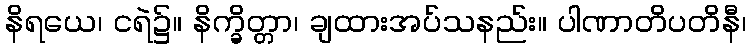
နိရယေ၊ ငရဲ၌။ နိက္ခိတ္တာ၊ ချထားအပ်သနည်း။ ပါဏာတိပတိနီ၊